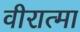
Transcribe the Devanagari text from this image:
वीरात्मा